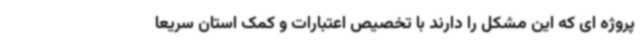
پروژه ای که این مشکل را دارند با تخصیص اعتبارات و کمک استان سریعا